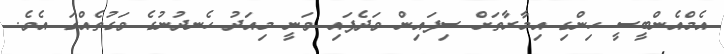
އެމްއެންބީސީ ހިންގި އިމާރާތަށް ސިފައިން ވަދެފައި ވަނީ މިއަދު ހެނދުނުގެ ވަގުތެއްގަ އެވެ.